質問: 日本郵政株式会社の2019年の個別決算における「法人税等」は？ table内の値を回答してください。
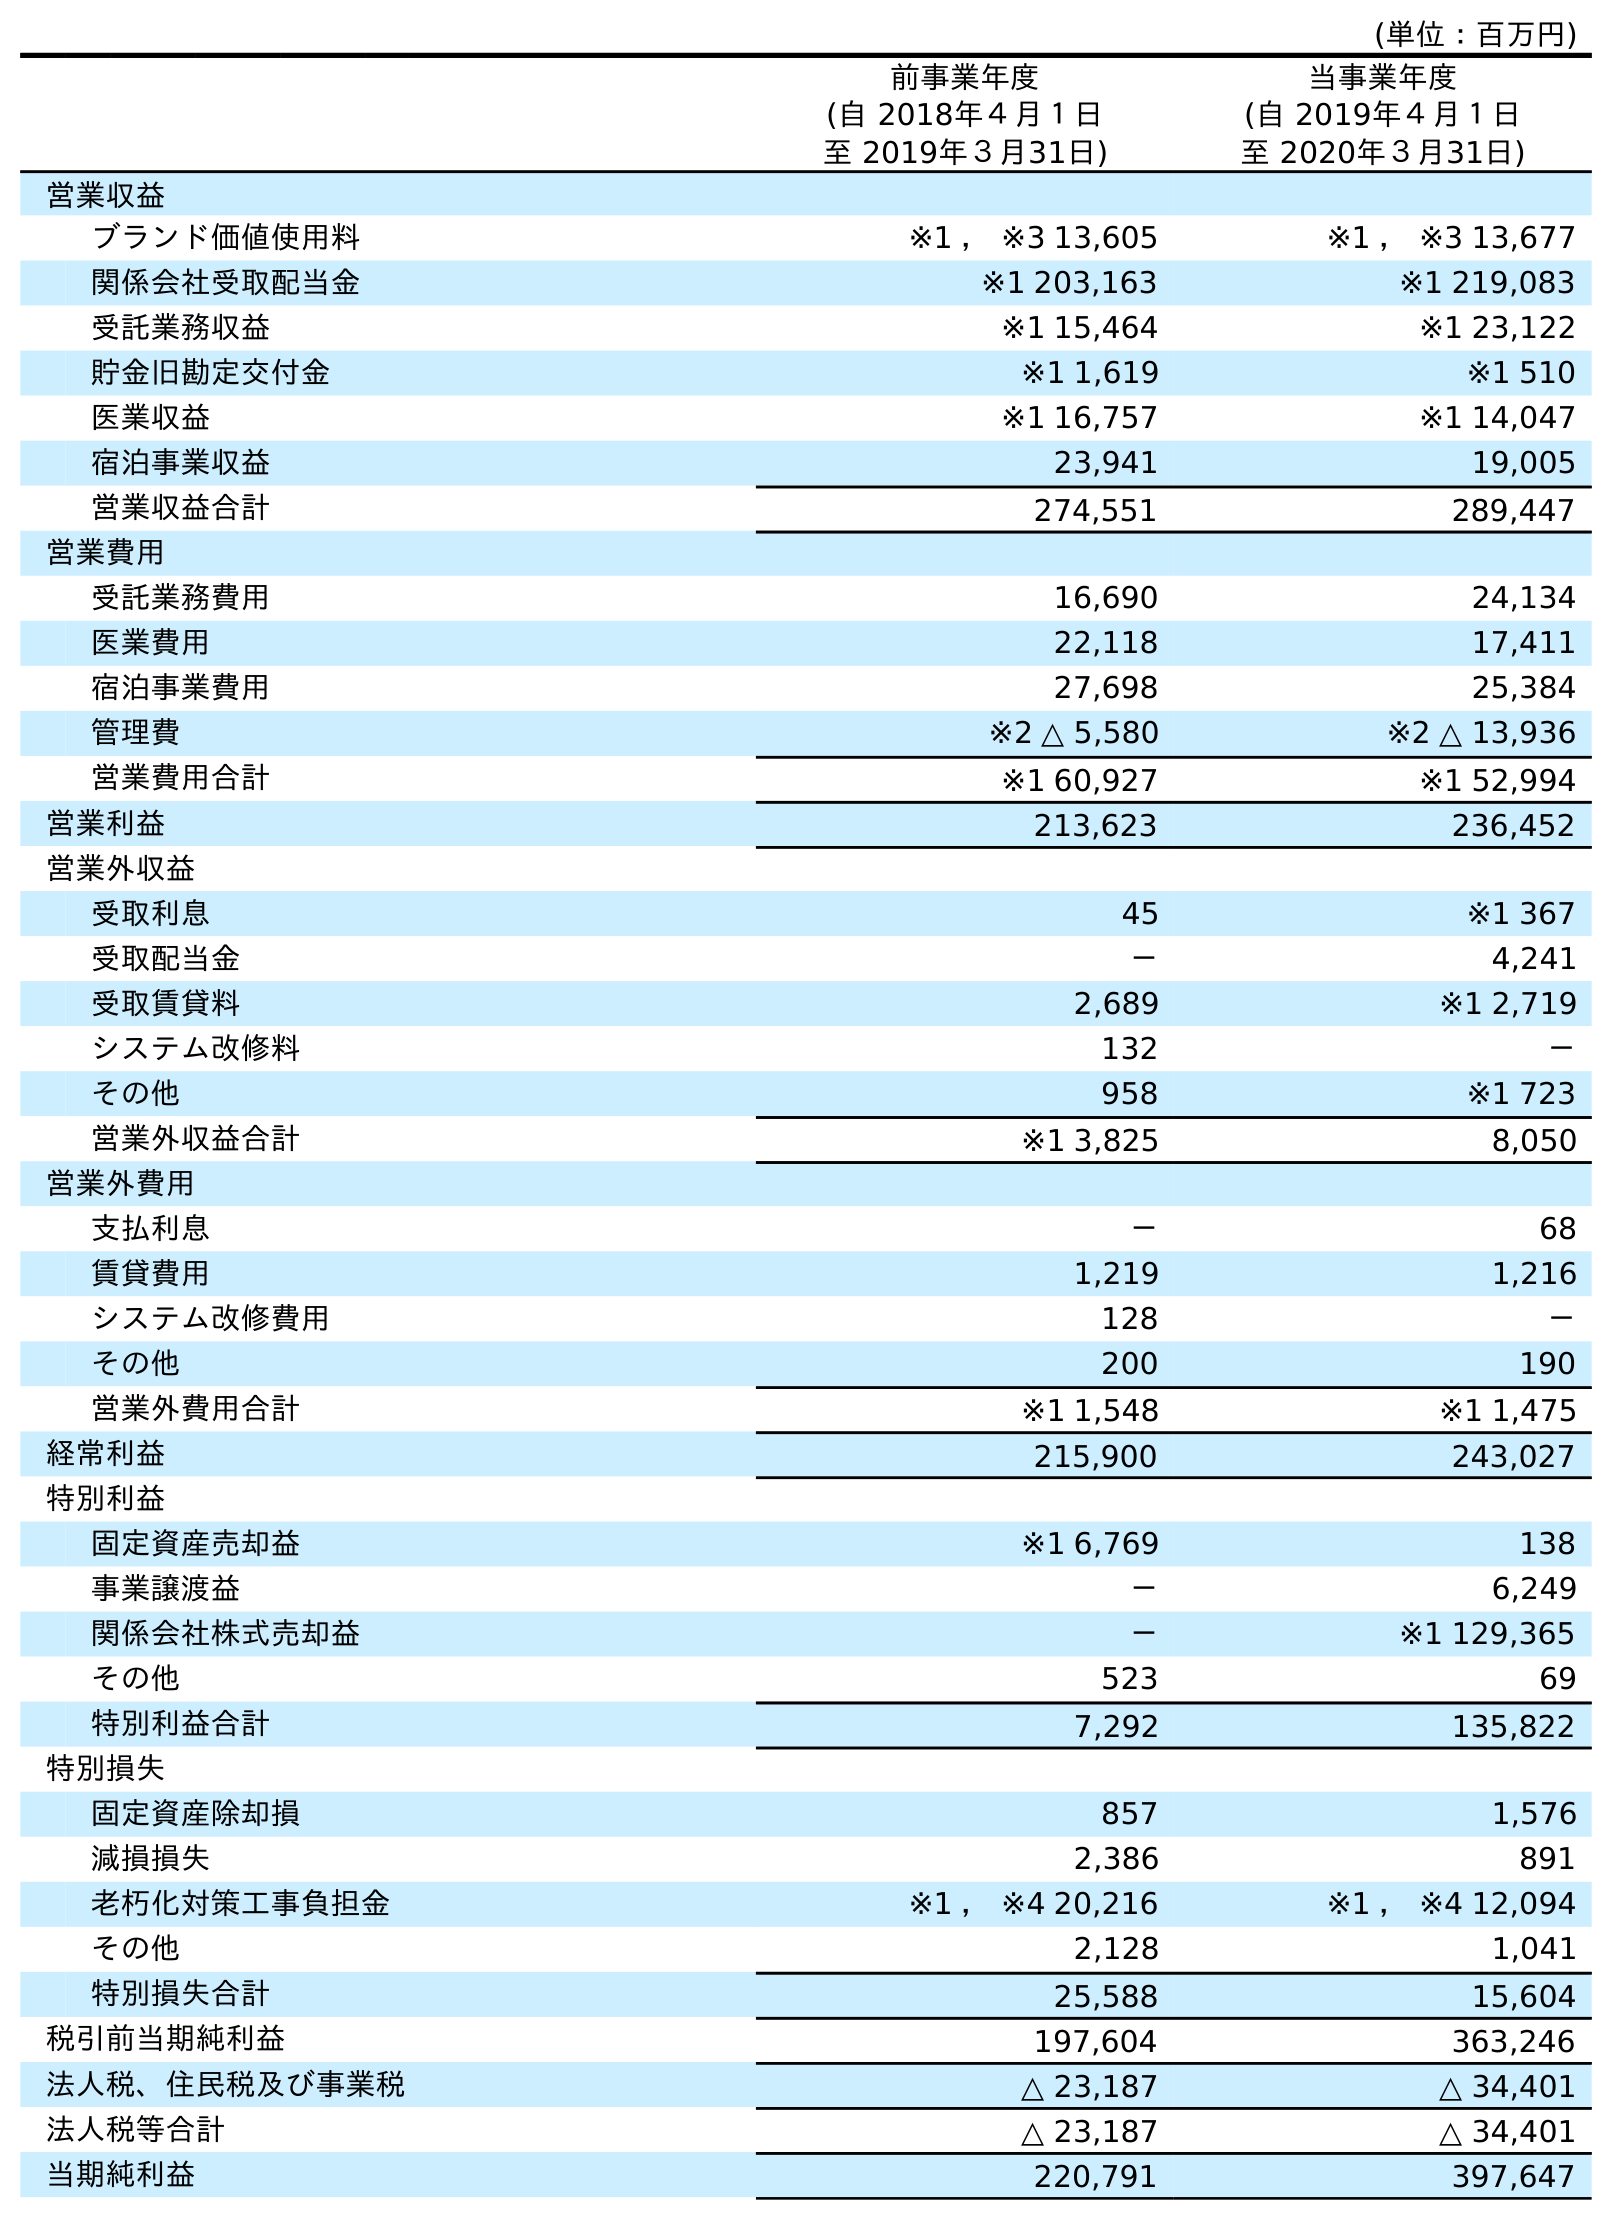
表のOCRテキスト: (単位：百万円) 前事業年度 (自 2018年４月１日 至 2019年３月31日) 当事業年度 (自 2019年４月１日 至 2020年３月31日) 営業収益 ブランド価値使用料 ※1 ， ※3 13,605 ※1 ， ※3 13,677 関係会社受取配当金 ※1 203,163 ※1 219,083 受託業務収益 ※1 15,464 ※1 23,122 貯金旧勘定交付金 ※1 1,619 ※1 510 医業収益 ※1 16,757 ※1 14,047 宿泊事業収益 23,941 19,005 営業収益合計 274,551 289,447 営業費用 受託業務費用 16,690 24,134 医業費用 22,118 17,411 宿泊事業費用 27,698 25,384 管理費 ※2 △ 5,580 ※2 △ 13,936 営業費用合計 ※1 60,927 ※1 52,994 営業利益 213,623 236,452 営業外収益 受取利息 45 ※1 367 受取配当金 － 4,241 受取賃貸料 2,689 ※1 2,719 システム改修料 132 － その他 958 ※1 723 営業外収益合計 ※1 3,825 8,050 営業外費用 支払利息 － 68 賃貸費用 1,219 1,216 システム改修費用 128 － その他 200 190 営業外費用合計 ※1 1,548 ※1 1,475 経常利益 215,900 243,027 特別利益 固定資産売却益 ※1 6,769 138 事業譲渡益 － 6,249 関係会社株式売却益 － ※1 129,365 その他 523 69 特別利益合計 7,292 135,822 特別損失 固定資産除却損 857 1,576 減損損失 2,386 891 老朽化対策工事負担金 ※1 ， ※4 20,216 ※1 ， ※4 12,094 その他 2,128 1,041 特別損失合計 25,588 15,604 税引前当期純利益 197,604 363,246 法人税、住民税及び事業税 △ 23,187 △ 34,401 法人税等合計 △ 23,187 △ 34,401 当期純利益 220,791 397,647
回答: △23,187